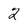
Character: 2